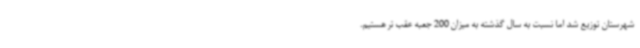
شهرستان توزیع شد اما نسبت به سال گذشته به میزان 200 جعبه عقب تر هستیم.